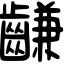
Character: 𪙊